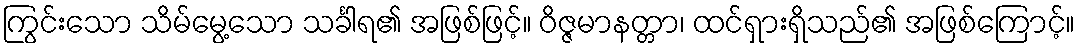
ကြွင်းသော သိမ်မွေ့သော သင်္ခါရ၏ အဖြစ်ဖြင့်။ ဝိဇ္ဇမာနတ္တာ၊ ထင်ရှားရှိသည်၏ အဖြစ်ကြောင့်။